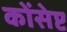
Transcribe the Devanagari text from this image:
कोंसेप्ट